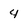
Character: 4